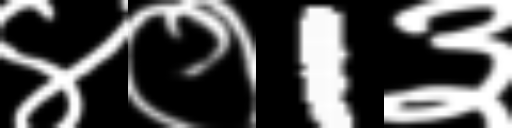
Text: ४०1३